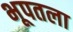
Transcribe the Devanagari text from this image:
भूपतला